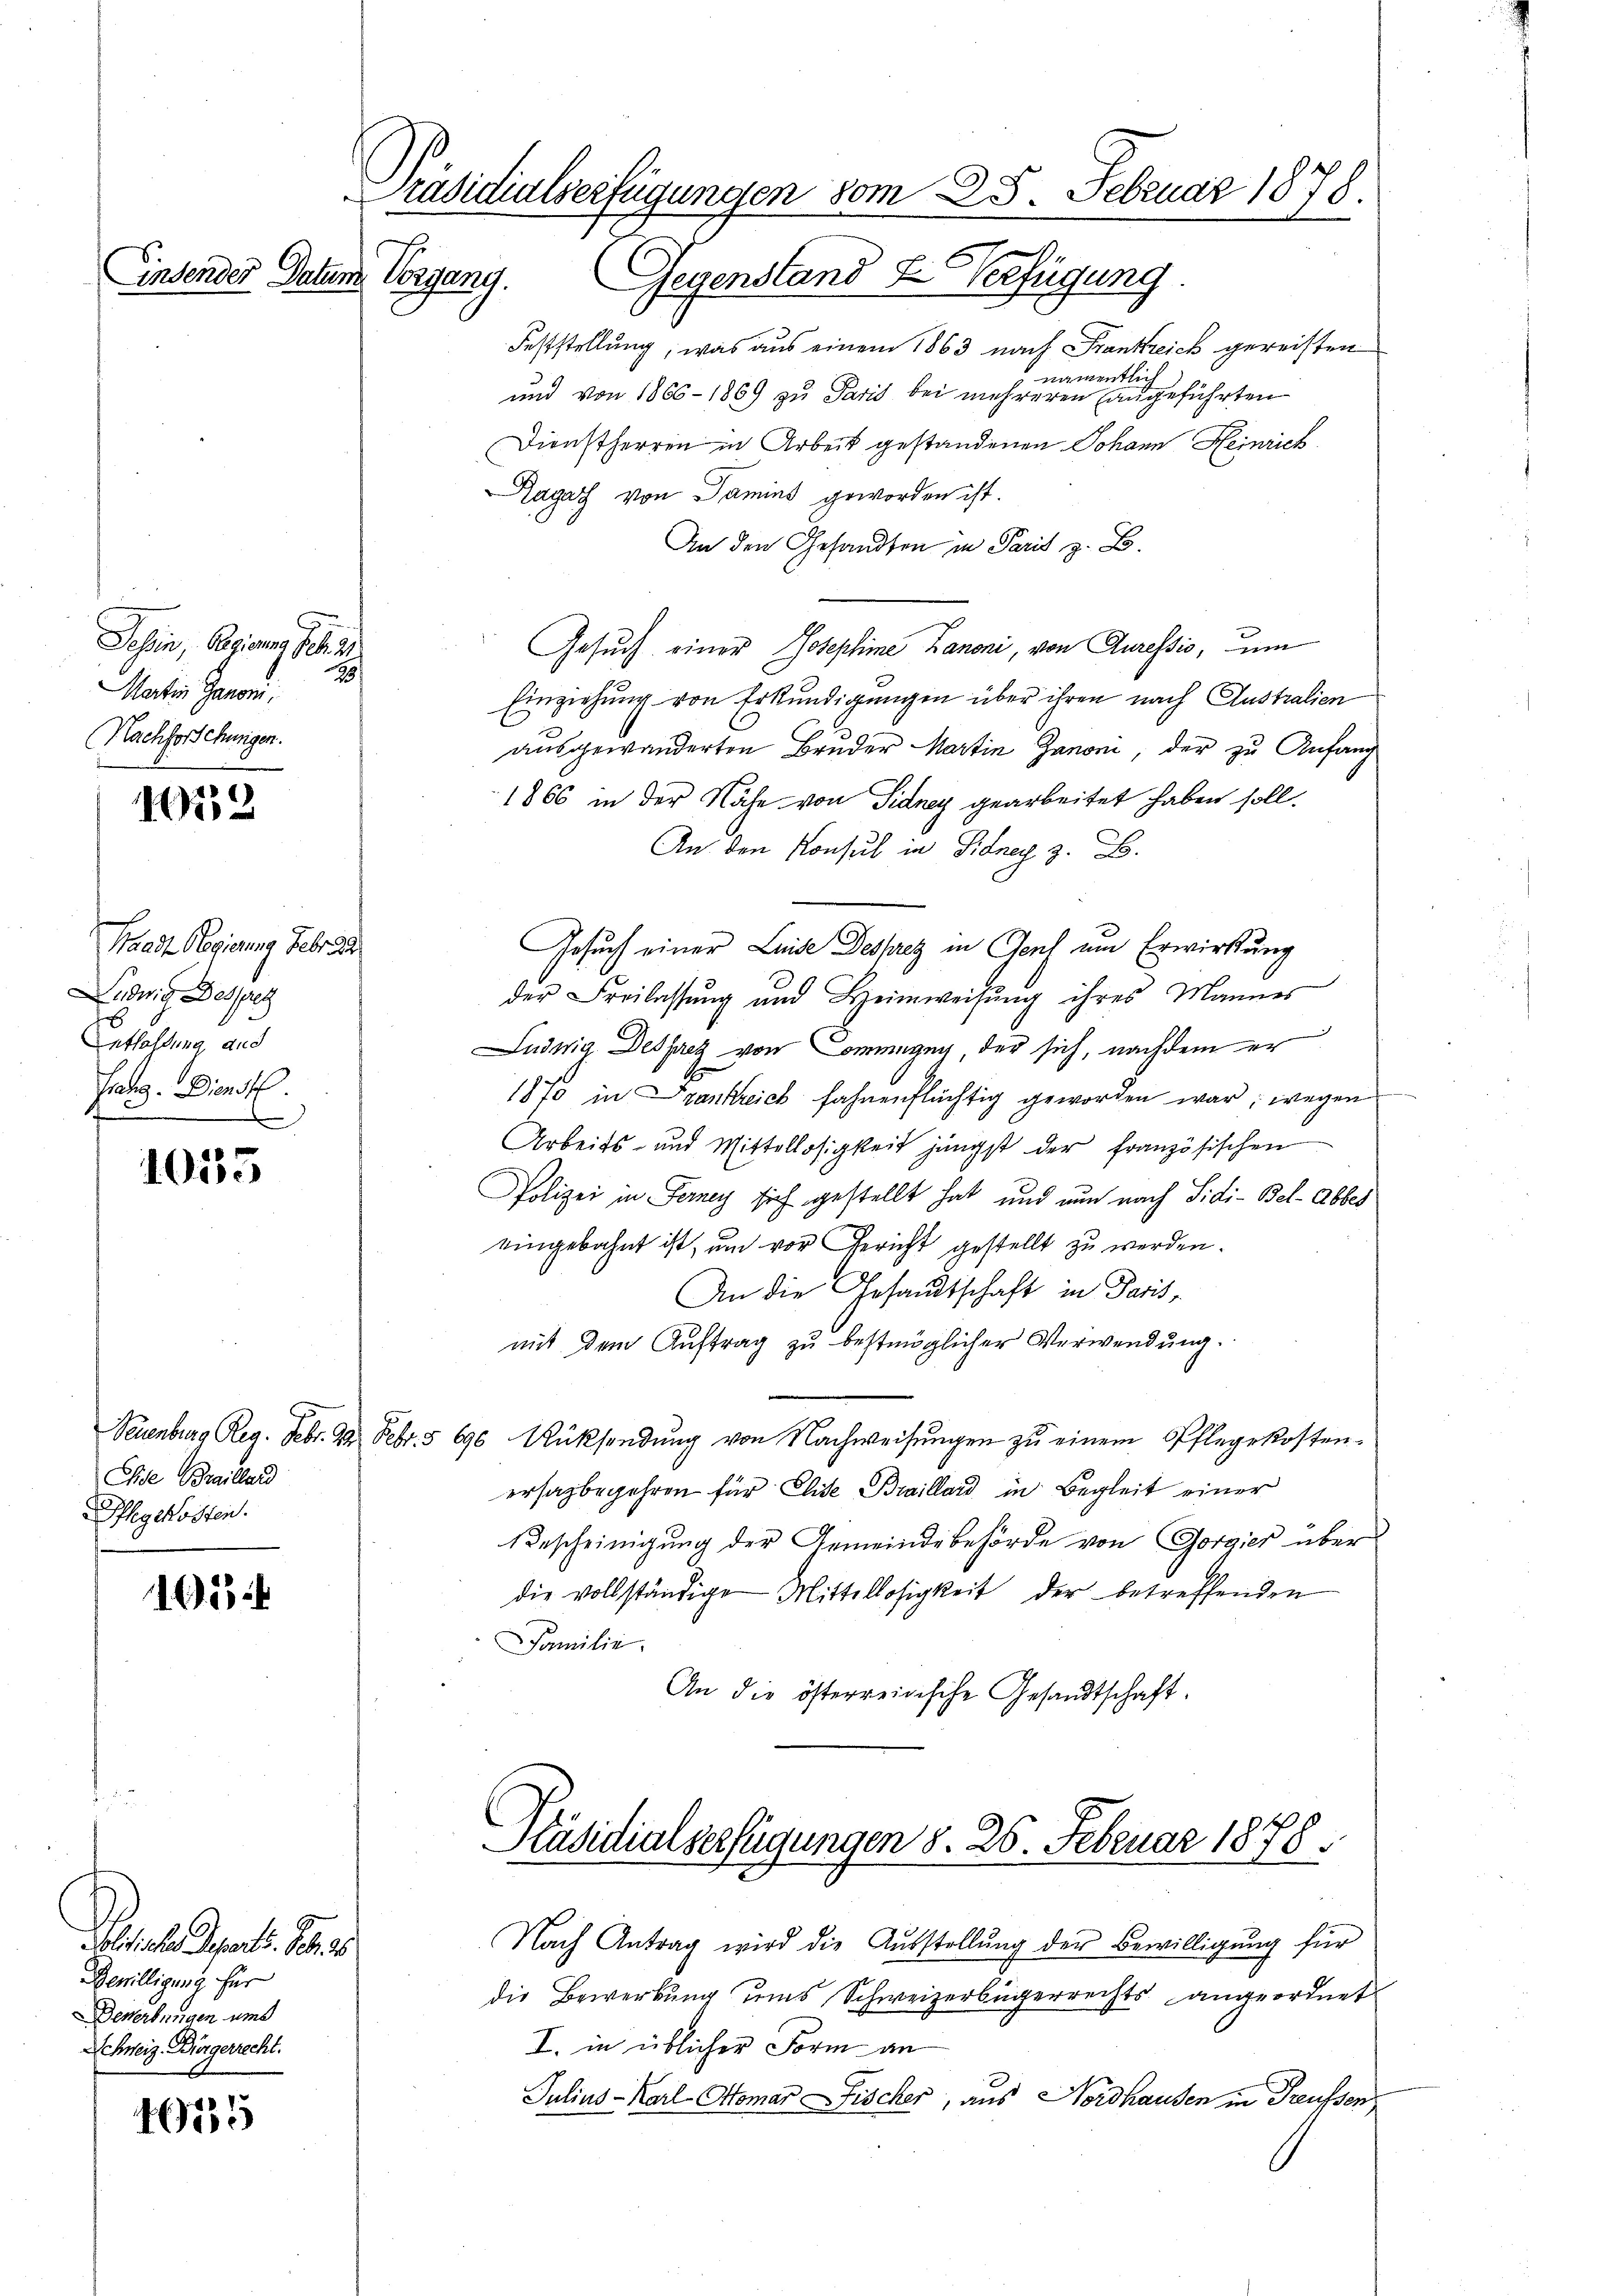
Jehen, Regierung geb. 2
2
Martin Janoni,
Nachforschungen.

1012

1035

Chie Braillard
Pflegekosten.

1654

1655

Einsender Datum Vorgang.

Siehe Departe. Feb. 18
Bewilligung für
Deverbungen und
Schweiz. Bürgerrecht.

Waadt Regierung Februa
Ludwig Besses
Entlassung aus
fang. Dienst
.

Gegenstand u. Verfügung.
Feststellung, was aus einem 1863 nach Frankreich gereisten
namentl.
und von 1866-1869 zu Paris bei mehreren angeführten
Dienstherren in Arbeit gestandenen Johann Heinrich
Ragaz von Samins geworden ist.
An den Gesandten in Paris z. B.
Gesuch einer Josephine Kanoni, von Auressio, um
Einziehung von Erkundigungen über ihren nach Australien
ausgewanderten Bruder Martin Janoni, der zu Anfang
1866 in der Nähe von Sidney gearbeitet haben soll.
An den Konsul in Sidney z. B.
Gesuch einer Luise Desprez in Genl um Erwirkung
der Freilassung und Heimweisung ihres Mannes
Judwig Desses von Commung, der sich, nachdem er
1873 in Frankreich fahnenflüchtig geworden war, wegen
Arbeits- und Mittellosigkeit jüngst der französischen
Polizei in Ferney sich gestellt hat, und nun nach Sidi-Bel-Abbes
eingebahnt ist, um vor Gericht gestellt zu werden.
An die Gesandtschaft in Parismit dem Auftrag zu bestmöglicher Verwendung.
Seuenburg Reg. Febr. 2. Febr. § 696 Rücksendŭng von Nachweisŭngen zŭ einem Pflegekosten-
ersagbegehren für Elise Braillard in Begleit einer
Bescheinigung der Gemeindebehörde von Gorgier über
die vollständige Mittellosigkeit der betreffenden
Familie.
An die österreidische Gesandtschaft.

Präsidialverfügungen vom 25. Februar 1878.

Präsidialserfügungen d. 26. Februar 1878.

Nach Antrag wird die Aŭsstellŭng der Bewilligung für
die Bewerbung ums Schweizerbürgerrechts angeordnet
I. in üblicher Form an
Julius-Karl Stomar Fischer, aus Nordhausen in Treussen